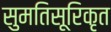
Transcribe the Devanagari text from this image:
सुमतिसूरिकृत